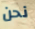
نحن